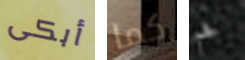
أبكى كما فحم